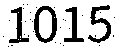
1015